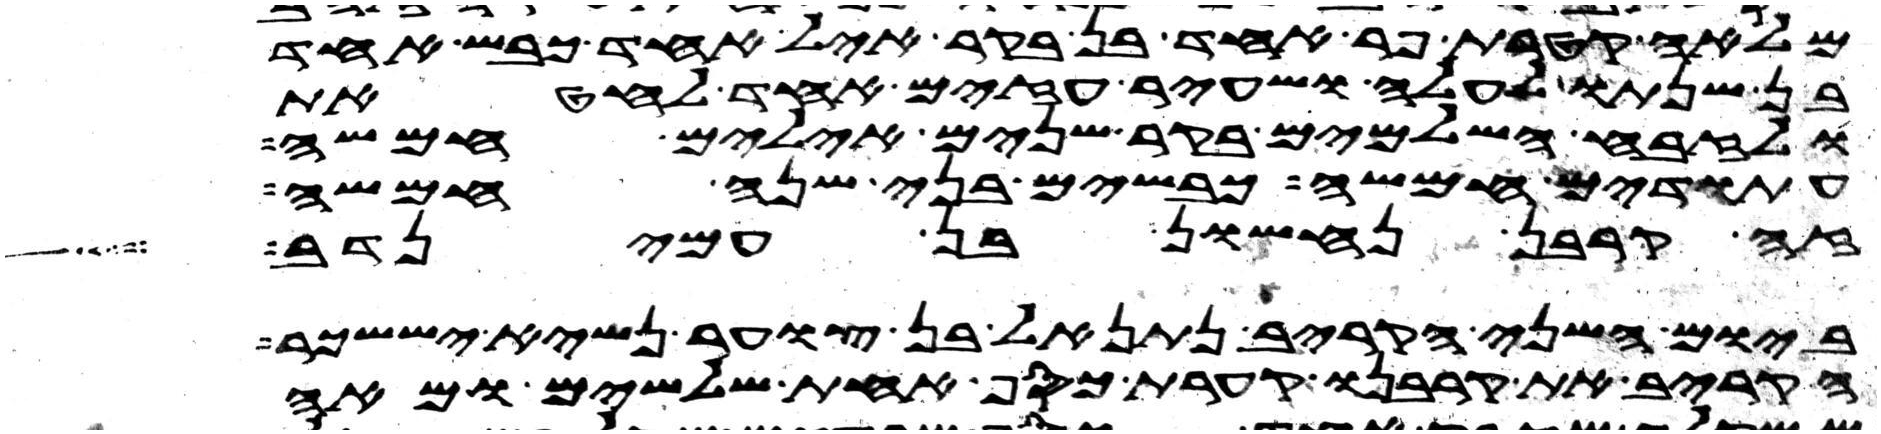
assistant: מלאה קטרת פר אחד בן בקר איל אחד כבש אחד
בן שנתו לעלה ושעיר עזים אחד לחטאת
ולזבח השלמים בקר שנים אילים חמשה
עתודים חמשה כבשים בני שנה חמשה
זה קרבן נחשון בן עמינדב
ביום השני הקריב נתנאל בן צוער נשיא יששכר
הקריב את קרבנו קערת כסף אחת שלשים ומאה